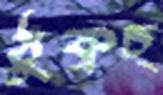
ঠুক্‌রচ্